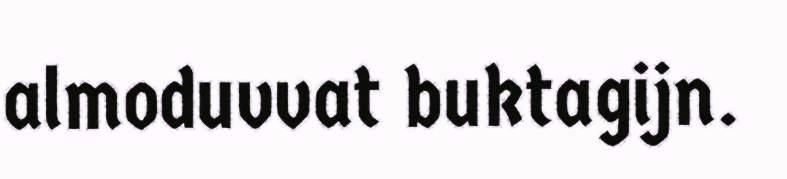
almoduvvat buktagijn.